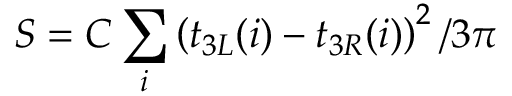
S = C \sum _ { i } \left( t _ { 3 L } ( i ) - t _ { 3 R } ( i ) \right) ^ { 2 } / 3 \pi